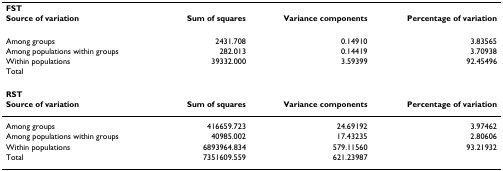
| FST |  |  |  |
 | Source of variation | Sum of squares | Variance components | Percentage of variation |
 | --- | --- | --- | --- |
 | Among groups | 2431.708 | 0.14910 | 3.83565 |
 | Among populations within groups | 282.013 | 0.14419 | 3.70938 |
 | Within populations | 39332.000 | 3.59399 | 92.45496 |
 | Total |  |  |  |
 | RST |  |  |  |
 | Source of variation | Sum of squares | Variance components | Percentage of variation |
 | Among groups | 416659.723 | 24.69192 | 3.97462 |
 | Among populations within groups | 40985.002 | 17.43235 | 2.80606 |
 | Within populations | 6893964.834 | 579.11560 | 93.21932 |
 | Total | 7351609.559 | 621.23987 |  |